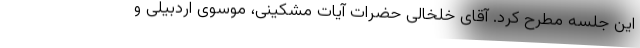
این جلسه مطرح کرد. آقای خلخالی حضرات آیات مشکینی، موسوی اردبیلی و